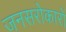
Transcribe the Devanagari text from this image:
जनसरोकारों